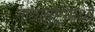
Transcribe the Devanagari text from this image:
नाट्यसुष्ट्रीमध्ये